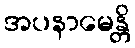
အပနာမေန္တိ